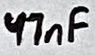
Text: 47nF